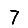
Digit: 7